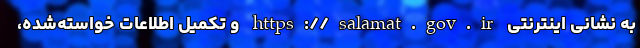
به نشانی اینترنتی https://salamat.gov.ir و تکمیل اطلاعات خواسته‌شده،